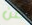
عن